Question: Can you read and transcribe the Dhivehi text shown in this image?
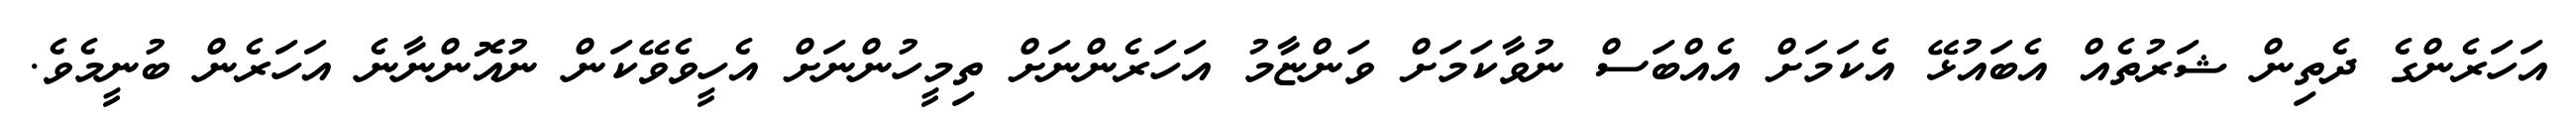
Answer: އަހަރެންގެ ދެތިން ޝަރުތެއް އެބައުޅޭ އެކަމަށް އެއްބަސް ނުވާކަމަށް ވަންޏާމު އަހަރެންނަށް ތިމީހުންނަށް އެހީވެވޭކަން ނުއޮންނާނެ އަހަރެން ބުނީމެވެ.